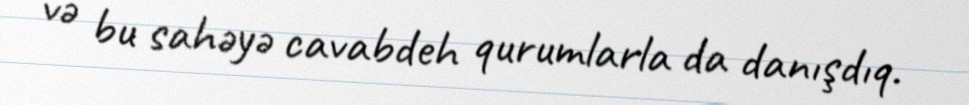
və bu sahəyə cavabdeh qurumlarla da danışdıq.